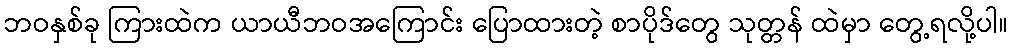
ဘဝနှစ်ခု ကြားထဲက ယာယီဘဝအကြောင်း ပြောထားတဲ့ စာပိုဒ်တွေ သုတ္တန် ထဲမှာ တွေ့ရလို့ပါ။